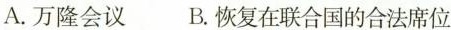
A.万隆会议 B.恢复在联合国的合法席位